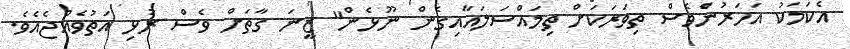
އެކަމަކު އަހަރުންެވެސް ތިވަރަކަށް ތިމައްސަލައާއިގެން ނޫޅެން" ޒީނަ ގާތަށް ވެސް ރުޅި އަތުވެއްޖެއެވެ.